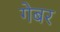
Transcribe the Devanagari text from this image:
गेबर